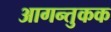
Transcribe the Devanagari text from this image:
आगन्तुकक